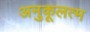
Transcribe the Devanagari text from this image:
अनुकूलत्म